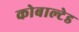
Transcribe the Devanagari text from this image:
कोबाल्टेड